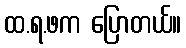
ထ.ရ.ဖက ပြောတယ်။